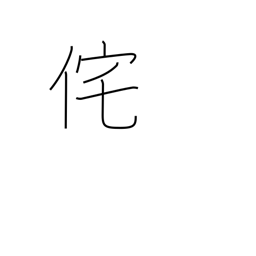
Meaning: lonely